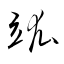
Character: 竑